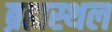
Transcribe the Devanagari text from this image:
ब्रह्मस्थल